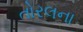
તોરલના